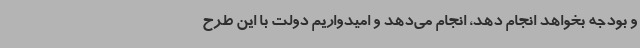
و بودجه بخواهد انجام دهد، انجام می‌دهد و امیدواریم دولت با این طرح